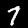
Digit: 7